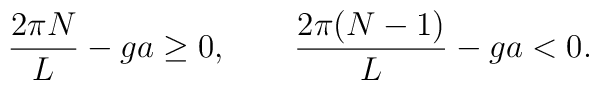
\frac{2 \pi N}{L} -ga \ge 0 ,\qquad \frac{2 \pi (N-1)}{L} -ga < 0 .